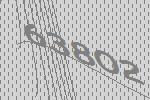
63802